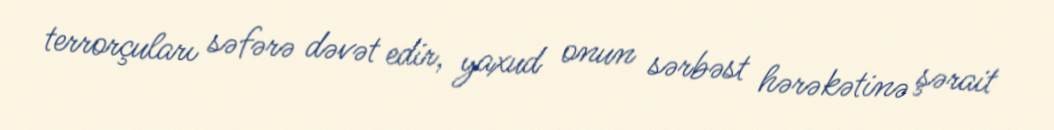
terrorçuları səfərə dəvət edir, yaxud onun sərbəst hərəkətinə şərait